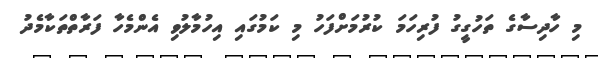
މި ހާދިސާގެ ތަހުގީގު ފުރިހަމަ ކުރުމަށްްފަހު މި ކަމުގައި އިހުމާލުވި އެންމެހާ ފަރާތްތަކާމެދު